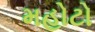
મહોટો